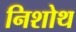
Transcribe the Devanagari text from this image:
निशोथ